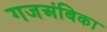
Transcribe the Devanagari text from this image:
गजअंबिका